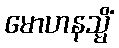
မောဟနသ္မိံ